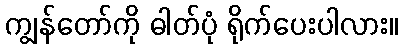
ကျွန်တော်ကို ဓါတ်ပုံ ရိုက်ပေးပါလား။